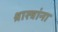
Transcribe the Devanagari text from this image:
श्रास्त्रांना